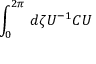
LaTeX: \int _ { 0 } ^ { 2 \pi } \, d \zeta U ^ { - 1 } { \cal C } U